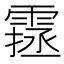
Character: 𩄔